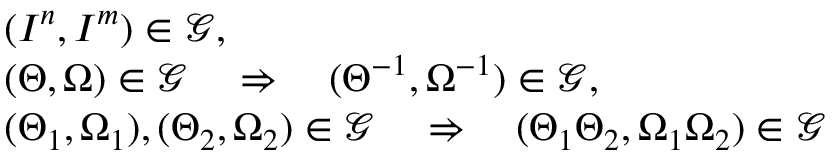
\begin{array} { r l } & { ( I ^ { n } , I ^ { m } ) \in \mathcal { G } , } \\ & { ( \Theta , \Omega ) \in \mathcal { G } \quad \Rightarrow \quad ( \Theta ^ { - 1 } , \Omega ^ { - 1 } ) \in \mathcal { G } , } \\ & { ( \Theta _ { 1 } , \Omega _ { 1 } ) , ( \Theta _ { 2 } , \Omega _ { 2 } ) \in \mathcal { G } \quad \Rightarrow \quad ( \Theta _ { 1 } \Theta _ { 2 } , \Omega _ { 1 } \Omega _ { 2 } ) \in \mathcal { G } } \end{array}